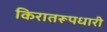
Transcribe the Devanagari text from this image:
किरातरूपधारी